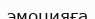
эмоцияға